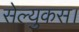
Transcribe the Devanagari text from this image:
सेल्युकस।